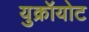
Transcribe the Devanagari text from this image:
युक्रॉयोट